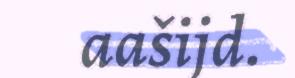
aašijd.